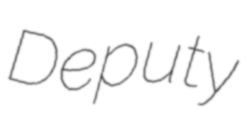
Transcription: Deputy